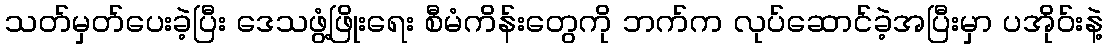
သတ်မှတ်ပေးခဲ့ပြီး ဒေသဖွံ့ဖြိုးရေး စီမံကိန်းတွေကို ဘက်က လုပ်ဆောင်ခဲ့အပြီးမှာ ပအိုဝ်းနဲ့